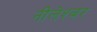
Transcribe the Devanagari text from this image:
नीलेश्बर